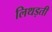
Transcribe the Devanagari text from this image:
लिथड़ती